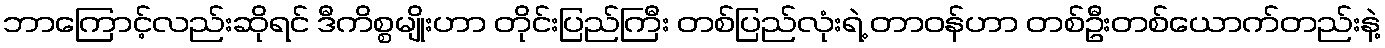
ဘာကြောင့်လည်းဆိုရင် ဒီကိစ္စမျိုးဟာ တိုင်းပြည်ကြီး တစ်ပြည်လုံးရဲ့ တာဝန်ဟာ တစ်ဦးတစ်ယောက်တည်းနဲ့